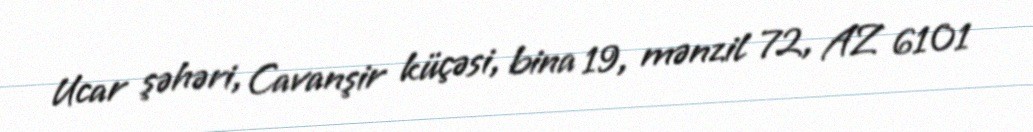
Ucar şəhəri, Cavanşir küçəsi, bina 19, mənzil 72, AZ 6101